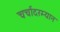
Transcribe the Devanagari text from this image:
चर्चांदरम्यान